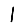
Digit: 1